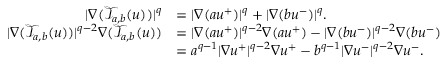
\begin{array} { r l } { | \nabla ( \mathcal { T } _ { a , b } ( u ) ) | ^ { q } } & { = | \nabla ( a u ^ { + } ) | ^ { q } + | \nabla ( b u ^ { - } ) | ^ { q } . } \\ { | \nabla ( \mathcal { T } _ { a , b } ( u ) ) | ^ { q - 2 } \nabla ( \mathcal { T } _ { a , b } ( u ) ) } & { = | \nabla ( a u ^ { + } ) | ^ { q - 2 } \nabla ( a u ^ { + } ) - | \nabla ( b u ^ { - } ) | ^ { q - 2 } \nabla ( b u ^ { - } ) } \\ & { = a ^ { q - 1 } | \nabla u ^ { + } | ^ { q - 2 } \nabla u ^ { + } - b ^ { q - 1 } | \nabla u ^ { - } | ^ { q - 2 } \nabla u ^ { - } . } \end{array}